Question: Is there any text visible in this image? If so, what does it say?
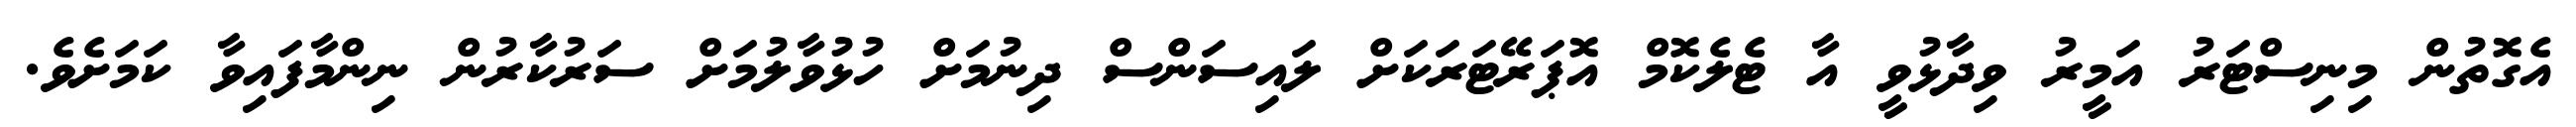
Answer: އެގޮތުން މިނިސްޓަރު އަމީރު ވިދާޅުވީ އާ ޓެލެކޮމް އޮޕަރޭޓަރަކަށް ލައިސަންސް ދިނުމަށް ހުޅުވާލުމަށް ސަރުކާރުން ނިންމާފައިވާ ކަމަށެވެ.